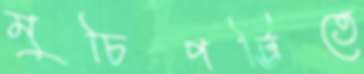
মুচিপট্টিতে